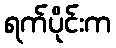
ရက်ပိုင်းက